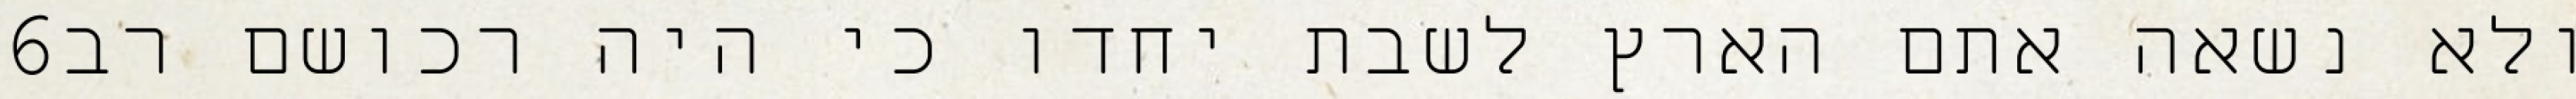
‎6‏ ולא נשאה אתם הארץ לשבת יחדו כי היה רכושם רב